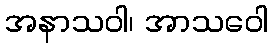
အနာသဝါ၊ အာသဝေါ